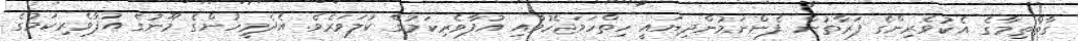
ގާތްތިމާގެ އެކުވެރިންގެ ފަރާތުން ފެންނަމުންދިޔައީ ހިތްހަމަޖެހުމާއި އުފާވެރިކަމުގެ ކުލަވަރެވެ. އެދެމީހުންގެ މޫނުގެ އުފާވެރިކަމުގެ